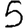
Digit: 5